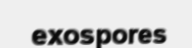
exospores